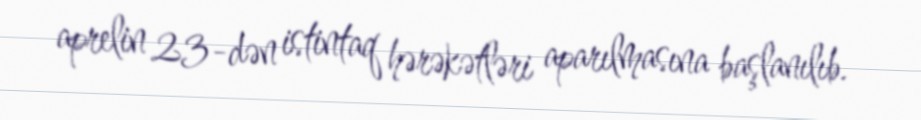
aprelin 23-dən istintaq hərəkətləri aparılmasına başlanılıb.